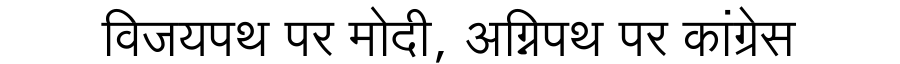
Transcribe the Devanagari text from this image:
विजयपथ पर मोदी, अग्निपथ पर कांग्रेस